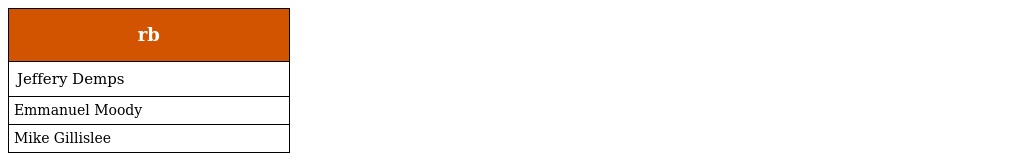
| rb |
 | --- |
 | Jeffery Demps |
 | Emmanuel Moody |
 | Mike Gillislee |